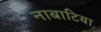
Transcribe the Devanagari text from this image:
नाबाटिया